Vaccination United Provinces of Agra and Oudh 1914-1922 - 1914-1922
Year: 1914
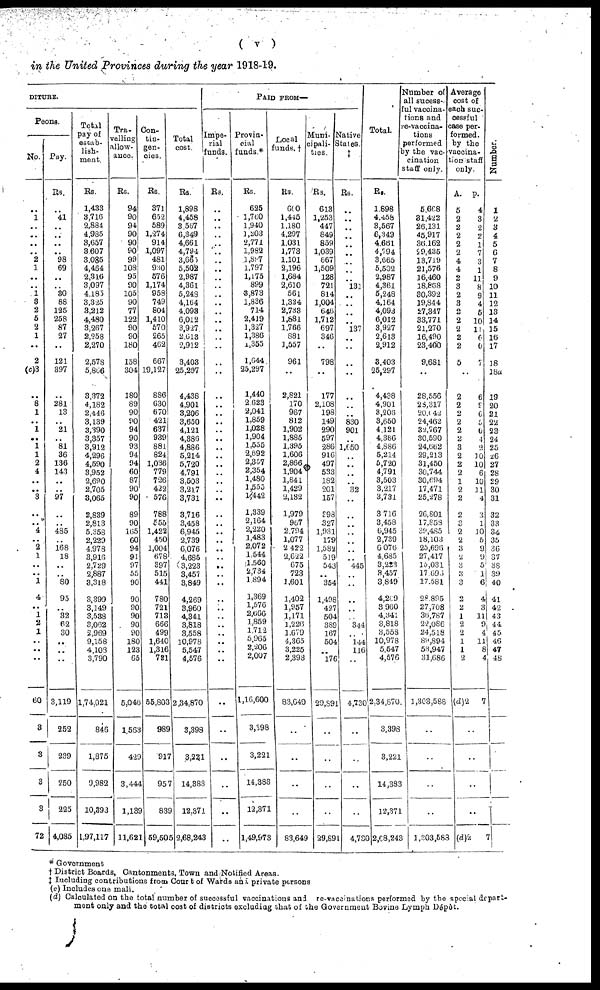
( v )
in the United Provinces during the year 1918-19.
DITURE.
Peons.
No.
..
1
..
..
..
..
2
1
..
..
1
9
2
5
2
1
..
2
(c)3
..
8
1
..
1
..
1
1
2
4
..
..
3
..
..
4
..
2
1
..
..
1
4
..
1
2
1
..
..
..
60
3
3
3
3
72
Pay.
Rs.
..
41
..
..
..
..
98
69
..
..
30
88
125
258
87
27
..
121
397
..
281
13
..
21
..
81
36
136
143
..
..
97
..
..
485
..
168
18
..
..
80
95
..
32
62
30
..
..
..
3,119
252
239
250
225
4,085
Total
pay of
estab-
lish¬
ment.
Rs.
1,433
3,716
2,884
4,985
3,657
3,607
3,085
4,464
2,316
3,097
4,185
3,325
3,212
4,480
3,267
2,258
2,270
2,578
5,866
3,372
4,182
2,446
3,139
3,390
3,357
3,912
4,296
4,590
3,952
2,690
2,705
3,065
2,839
2,813
5,358
2,229
4,978
3,916
2,729
2,887
3,318
3,399
3,149
3,538
3,062
2,969
9,158
4,108
3,790
1,74,021
846
1,875
9,982
10,393
1,97,117
Tra-
velling
allow-
ance.
Rs.
94
90
94
90
90
90
99
103
95
90
105
90
77
122
90
90
180
158
304
180
89
90
90
94
90
93
94
94
60
87
90
90
89
90
165
60
94
91
97
55
90
90
90
90
90
90
180
123
65
5,046
1,563
429
3,444
1,139
11,621
Con¬
tin¬
gen¬
cies.
Rs.
371
652
589
1,274
914
1,097
481
930
576
1,174
958
749
804
1,410
570
265
462
667
19,127
886
630
670
421
637
939
881
824
1,036
779
726
422
576
788
555
1,422
450
1,004
678
397
515
441
780
721
713
666
499
1,640
1,316
721
55,803
989
917
957
839
59,505
Total
cost.
Rs.
1,898
4,458
3,567
6,349
4,661
4,794
3,685
5,502
2,987
4,361
5,248
4,164
4,098
6,012
3,927
2,613
2,912
3,403
25,297
4,438
4,901
3,206
3,650
4,121
4,386
4,886
5,214
5,720
4,791
3,503
3,217
3,731
3,716
3,458
6,945
2,739
6,076
4,685
3,223
3,457
3,849
4,269
3,960
4,341
3,818
3,558
10,978
5,547
4,576
2,34,870
3,398
3,221
14,383
12,371
2,68,243
PAID FROM—
Impe¬
rial
funds.
Rs.
..
..
..
..
..
..
..
..
..
..
..
..
..
..
..
..
..
..
..
..
..
..
..
..
..
..
..
..
..
..
..
..
..
..
..
..
..
..
..
..
..
..
..
..
..
..
..
..
..
..
..
..
..
..
..
Provin-
cial
funds.
Rs.
625
1,760
1,940
1,203
2,771
1,982
l,897
1,797
1,175
899
3,873
1,836
714
2,419
1,327
1,386
1,355
1,644
25,297
1,440
2,623
2,041
1,859
1,028
1,904
1,555
2,692
2,357
2,354
1,480
1,555
1,442
1,339
2,164
2,220
1,483
2,072
1,544
1,560
2,734
1,894
1,369
1,576
2,666
1,859
1,712
5,965
2,206
2,007
1,16,600
3,398
3,221
14,383
12,371
1,49,973
Local
funds. †
Rs.
600
1,445
1,180
4,297
1,031
1,773
1,101
2,196
1,684
2,610
561
1,324
2,733
1,881
1,766
881
1,557
961
..
2,821
170
967
812
1,902
1,885
1,395
1,606
2,866
1,904
1,641
1,429
2,132
1,979
967
2,794
1,077
2,422
2,622
675
723
1,601
1,402
1,957
1,171
1,226
1,679
4,365
3,225
2,393
83,649
..
..
..
..
83,649
Muni¬
cipali-
ties.
Rs.
613
1,253
447
849
859
1,039
667
1,509
128
721
814
1,004
646
1,712
697
346
..
798
..
177
2,108
198
149
290
597
286
916
497
533
182
201
157
398
327
1,931
179
1,582
519
543
..
354
1,498
427
504
369
167
504
..
176
29,891
..
..
..
..
29,891
Native
Stales.
‡
Rs.
..
..
..
..
..
..
..
..
..
131
..
..
..
..
137
..
..
..
..
..
..
..
830
901
..
1,650
..
..
..
..
32
..
..
..
..
..
..
..
445
..
..
..
..
..
344
..
144
116
..
4,730
..
..
..
..
4,730
Total.
Rs.
1,898
4,458
3,567
6,349
4,661
4,794
3,665
5,502
2,987
4,361
5,248
4,164
4,093
6,012
3,927
2,613
2,912
3,403
25,297
4,438
4,901
3,206
3,650
4,121
4,386
4,886
5,214
5,720
4,791
3,503
3,217
3,731
3,716
3,458
6,945
2,739
6,076
4,685
3,223
3,457
3,849
4,209
3 960
4,341
3,818
3,558
10,978
5,547
4,576
2,34,870.
3,393
3,221
14,383
12,371
2,08,243
Number of
all sucess¬
ful vaccina¬
tions and
re-vaccina-
tions
performed
by the vac-
cination
staff only.
5,668
31,422
26,131
45,917
36,162
29,435
13,719
21,576
16,460
18,858
30,392
19,844
27,347
33,771
21,270
16,490
23,400
9,681
..
28,556
28,317
20,042
24,462
32,767
30,590
24,662
29,213
31,450
30,744
30,694
17,471
25,278
26,801
17,853
39,485
18,103
25,696
27,417
15,031
17,695
17,581
28,895
27,708
36,787
22,086
24,518
89,894
53,947
31,686
1,303,588
..
..
..
..
1,303,588
Average
cost of
each suc-
cessful
case per-
formed.
by the
vaccina¬
tion staff
only.
A.
5
2
2
2
2
2
4
4
2
3
2
3
2
2
2
2
2
5
p.
4
3
2
2
1
7
3
1
11
8
9
4
5
10
11
6
6
7
..
2
2
2
2
2
2
3
2
2
2
1
2
2
2
3
2
2
3
2
3
3
3
2
2
1
2
2
1
1
2
(d)2
6
9
6
5
0
4
2
10
10
6
10
11
4
3
1
10
5
9
9
5
1
6
4
3
11
9
4
11
8
4
7
..
..
..
..
(d)2
7
Number.
1
2
3
4
5
6
7
8
9
10
11
12
13
14
15
16
17
18
18a
19
20
21
22
23
24
25
26
27
28
29
30
31
32
33
34
35
36
37
38
39
40
41
42
43
44
45
46
47
48
* Government
† District Boards, Cantonments, Town and Notified Areas.
‡ Iucluding contributions from Court of Wards and private persons
(c) Includes one mali.
(d) Calculated on the total number of successful vaccinations and re-vaccinations performed by the special depart-
ment only and the total cost of districts excluding that of the Government Bovine Lymph Dépôt.